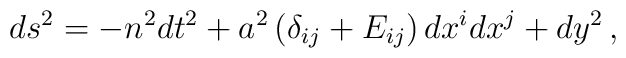
ds^2=-n^2 dt^2+a^2\left(\delta_{ij}+E_{ij}\right)dx^i dx^j+dy^2\,,